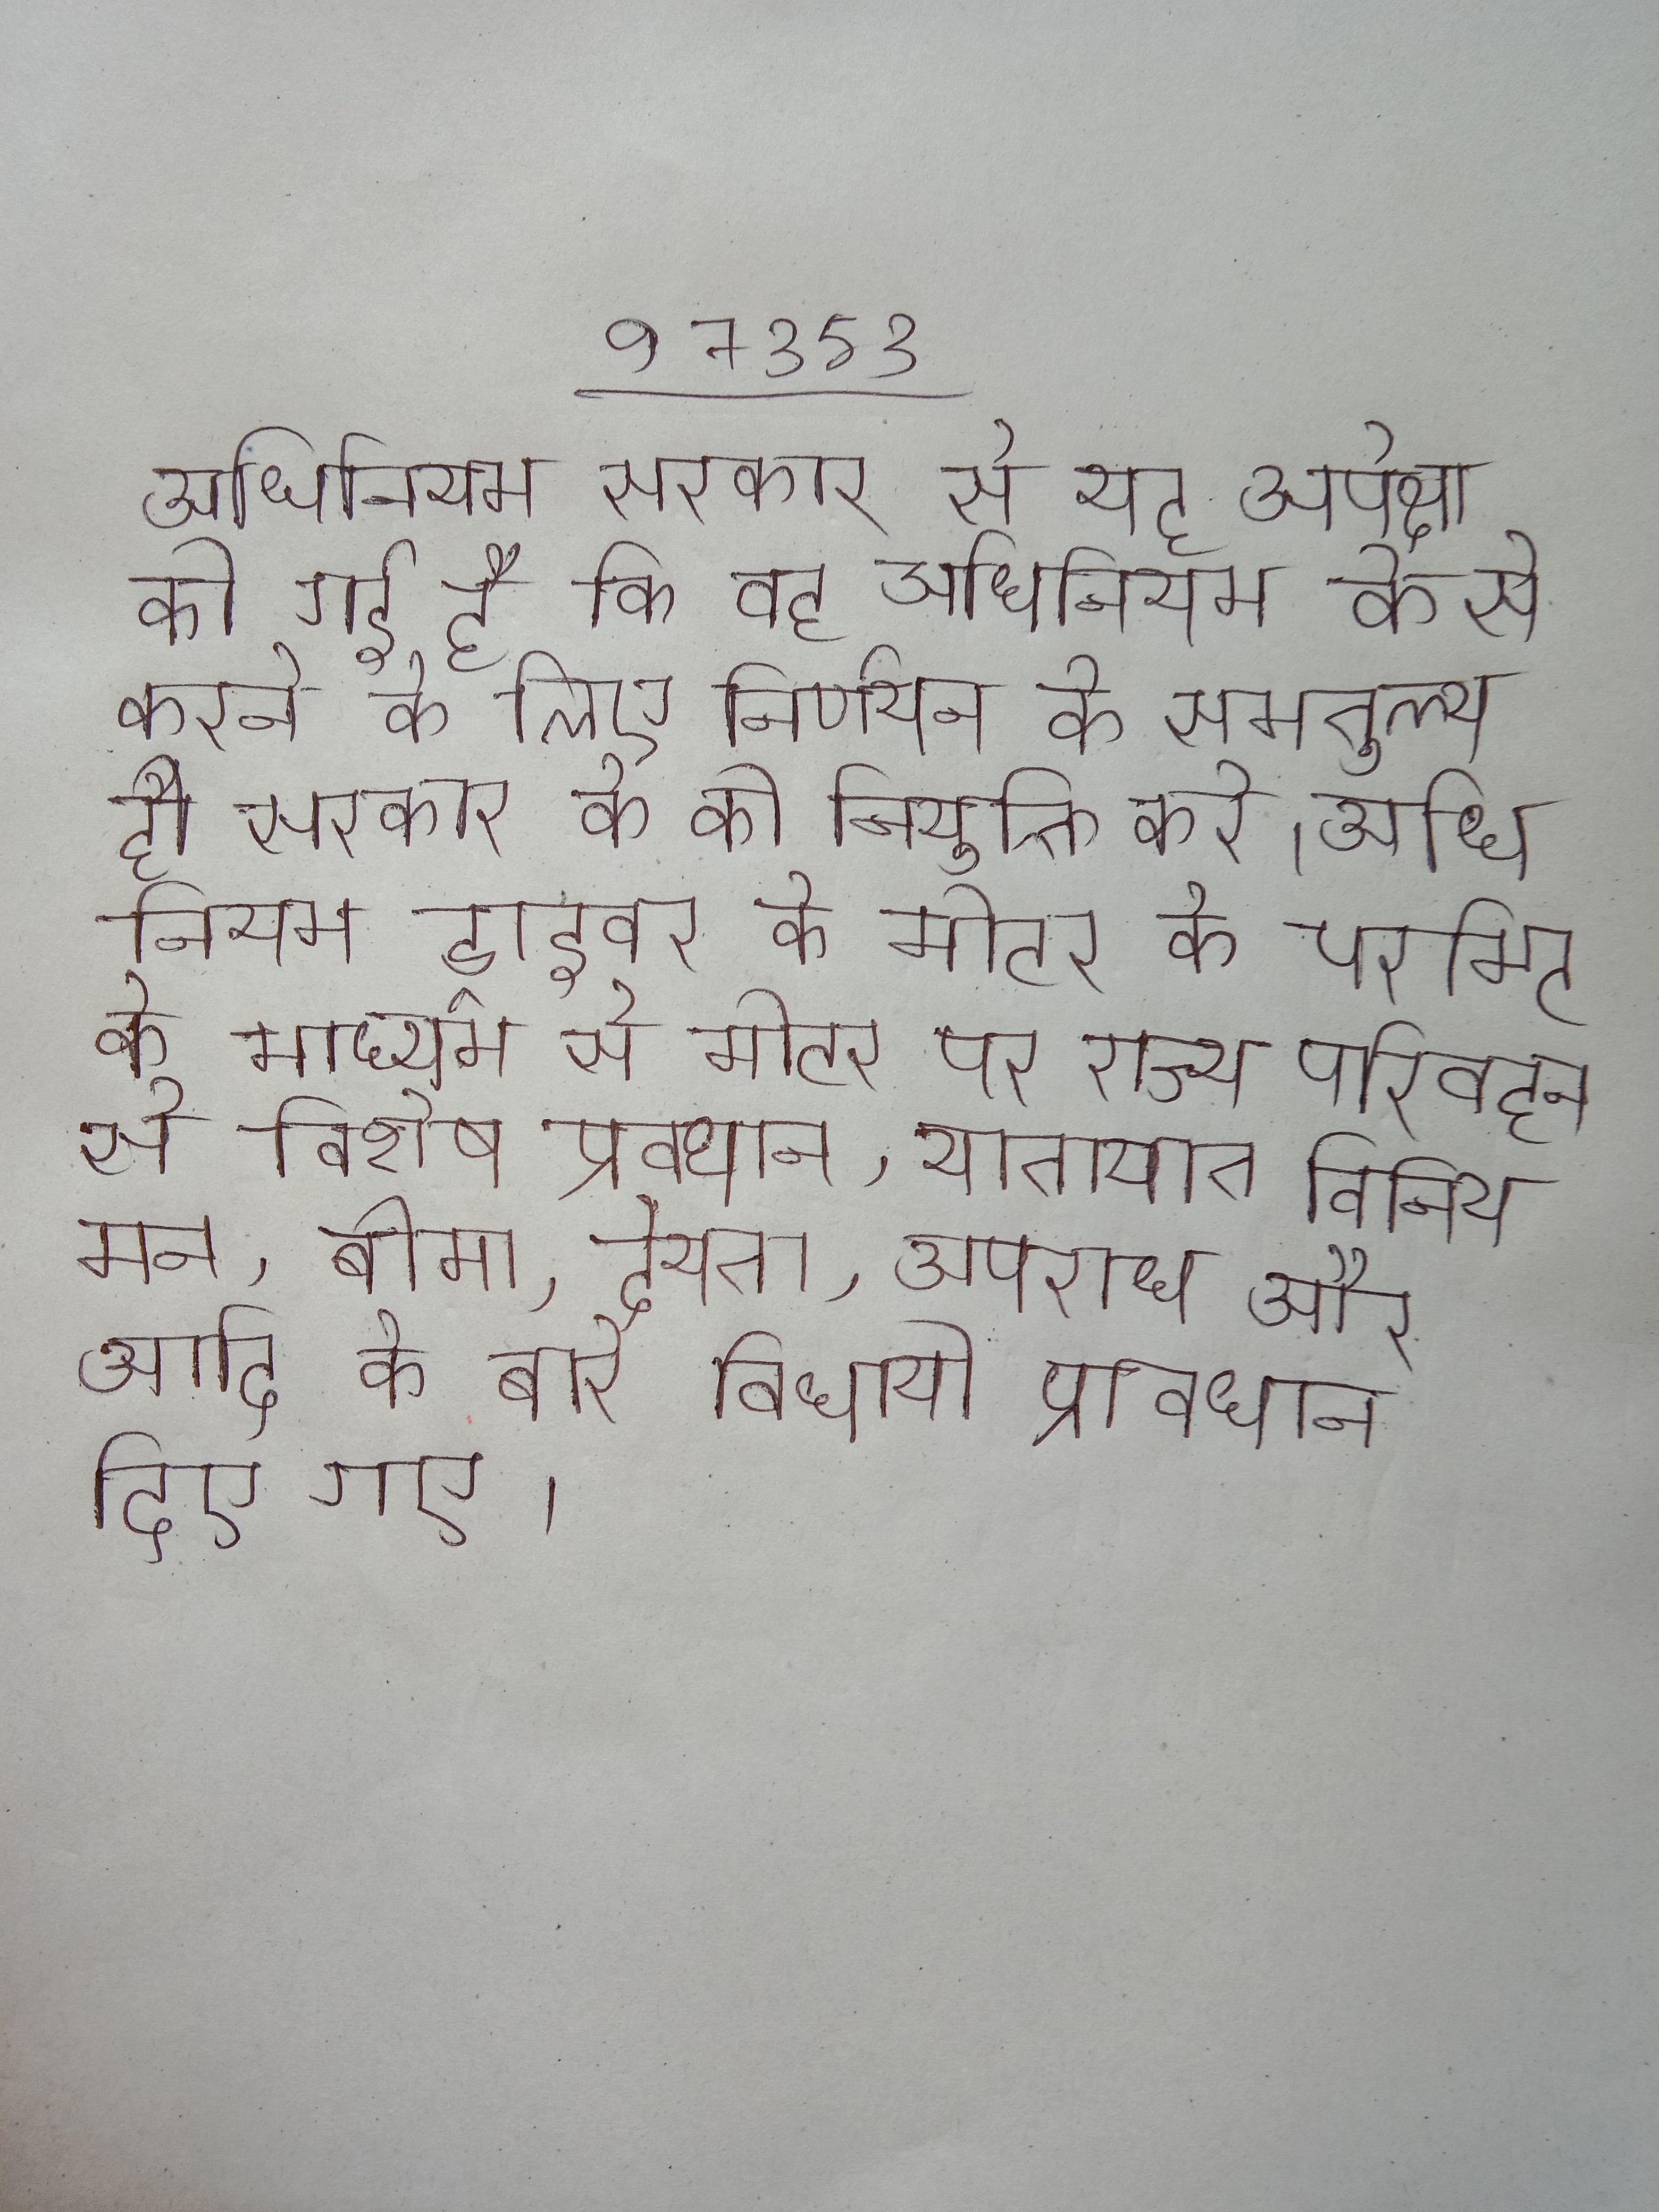
अधिनियम सरकार से यह अपेक्षा की गई है कि वह अधिनियम के से करने के लिए निर्णयन के समतुल्य हो सरकार के की नियुक्ति करे । अधिनियम ड्राइवर के मोटर के परमिट के माध्यम से मोटर पर राज्य परिवहन से विशेष प्रावधान, यातायात विनियमन, बीमा, देयता, अपराध और आदि के बारे विधायी प्रावधान दिए गए ।